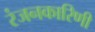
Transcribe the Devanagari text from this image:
रंजनकारिणी